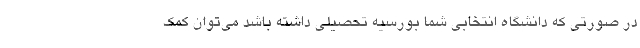
در صورتی که دانشگاه انتخابی شما بورسیه تحصیلی داشته باشد می‌توان کمک